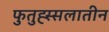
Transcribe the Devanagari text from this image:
फुतुह्स्सलातीन